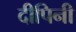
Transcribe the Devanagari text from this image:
दीपिनी